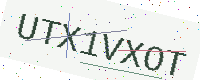
Text: UTX1VXOT